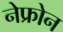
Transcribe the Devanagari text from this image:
नेफ्रोन